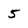
Character: 5